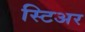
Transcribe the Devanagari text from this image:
स्टिअर